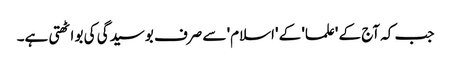
جب کہ آج کے 'علما' کے 'اسلام' سے صرف بوسیدگی کی بو اٹھتی ہے۔